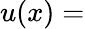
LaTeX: u(x)=